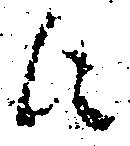
に